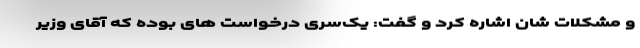
و مشکلات شان اشاره کرد و گفت: یک‌سری درخواست های بوده که آقای وزیر